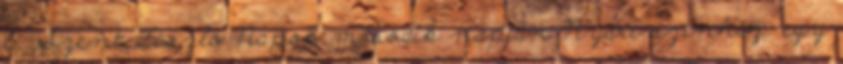
6. Szent László Napok második napján Nyári színház: egy